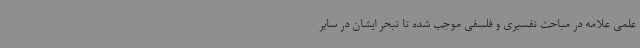
علمی علامه در مباحث تفسیری و فلسفی موجب شده تا تبحر ایشان در سایر